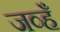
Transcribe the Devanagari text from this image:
जव्हँ